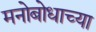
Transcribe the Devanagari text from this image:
मनोबोधाच्या